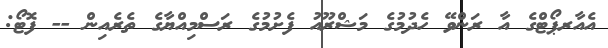
އެއާރޕޯޓްގެ އާ ރަންވޭ ހެދުމުގެ މަޝްރޫއު ފެށުމުގެ ރަސްމިއްޔާގެ ތެރެއިން -- ފޮޓޯ: